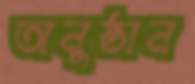
অনুষ্ঠান